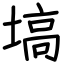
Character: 塙